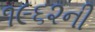
૧૯૬૨ની